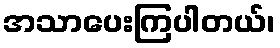
အသာပေးကြပါတယ်၊